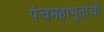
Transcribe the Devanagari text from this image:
पंचमहाभूतांची